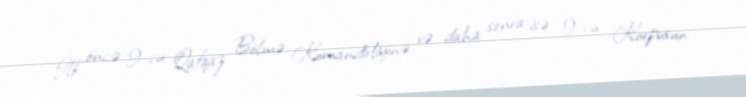
İlk öncə 9-cu Qafqaz Bölmə Komandirliyinə və daha sonra isə 9-cu Korpusun